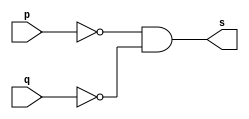
// ------------------------- 
// Exercicio0005 - NOR 
// Nome: Lucas Cardoso 
// -------------------------

// ------------------------- 
// -- NOR gate 
// ------------------------- 
module norgate ( output s, 
input p, q); 
assign s = ~p & ~q; 
endmodule // norgate 

// --------------------- 
// -- test or gate 
// --------------------- 
module testnorgate; 

// ------------------------- dados locais 
reg a, b; // definir registradores 
wire s; // definir conexao (fio) 

// ------------------------- instancia 
norgate NOR1 (s, a, b); 

// ------------------------- preparacao 
initial begin:start 
// atribuicao simultanea 
// dos valores iniciais 
a=0; b=0; 
end 

// ------------------------- parte principal 
initial begin 
$display("Exercicio0005 - Lucas Cardoso - 441694"); 
$display("Test NOR gate"); 
$display("\na & b = s\n"); 
a=0; b=0; 
#1 $display("%b & %b = %b", a, b, s); 
a=0; b=1; 
#1 $display("%b & %b = %b", a, b, s); 
a=1; b=0; 
#1 $display("%b & %b = %b", a, b, s); 
a=1; b=1; 
#1 $display("%b & %b = %b", a, b, s); 
end 
endmodule // testnorgate